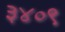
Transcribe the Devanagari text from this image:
३४०९